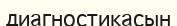
диагностикасын